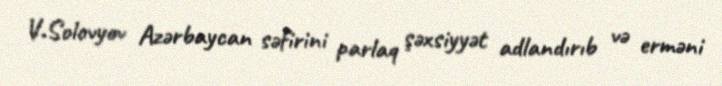
V.Solovyov Azərbaycan səfirini parlaq şəxsiyyət adlandırıb və erməni